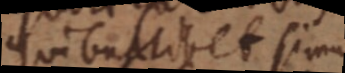
quibuslibet simul